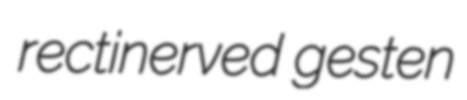
rectinerved gesten